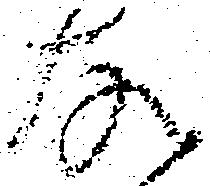
な